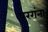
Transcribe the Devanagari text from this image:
परगंना